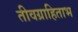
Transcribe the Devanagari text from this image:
तीवग्राहिताभ